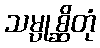
သမ္ပုစ္ဆိတုံ